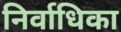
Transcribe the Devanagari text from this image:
निर्वाधिका